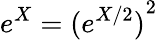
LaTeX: e^{X}=({e^{X/2})}^{2}